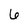
Character: 6